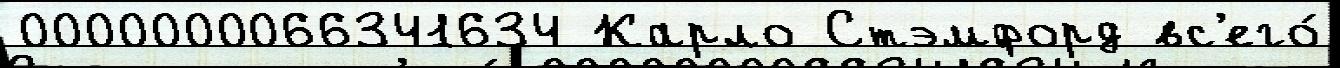
0000000066341634 Карло Стэмфорд вс'его́